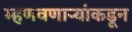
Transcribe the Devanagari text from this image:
म्हणवणाऱ्यांकडून